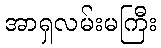
အာရှလမ်းမကြီး